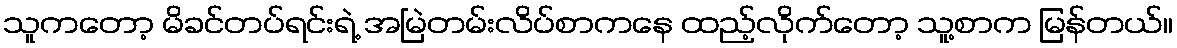
သူကတော့ မိခင်တပ်ရင်းရဲ့ အမြဲတမ်းလိပ်စာကနေ ထည့်လိုက်တော့ သူ့စာက မြန်တယ်။